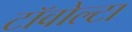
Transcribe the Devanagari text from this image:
टॉवोल्‍टा